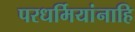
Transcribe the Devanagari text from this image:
परधर्मियांनाहि